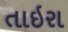
તાઇરા